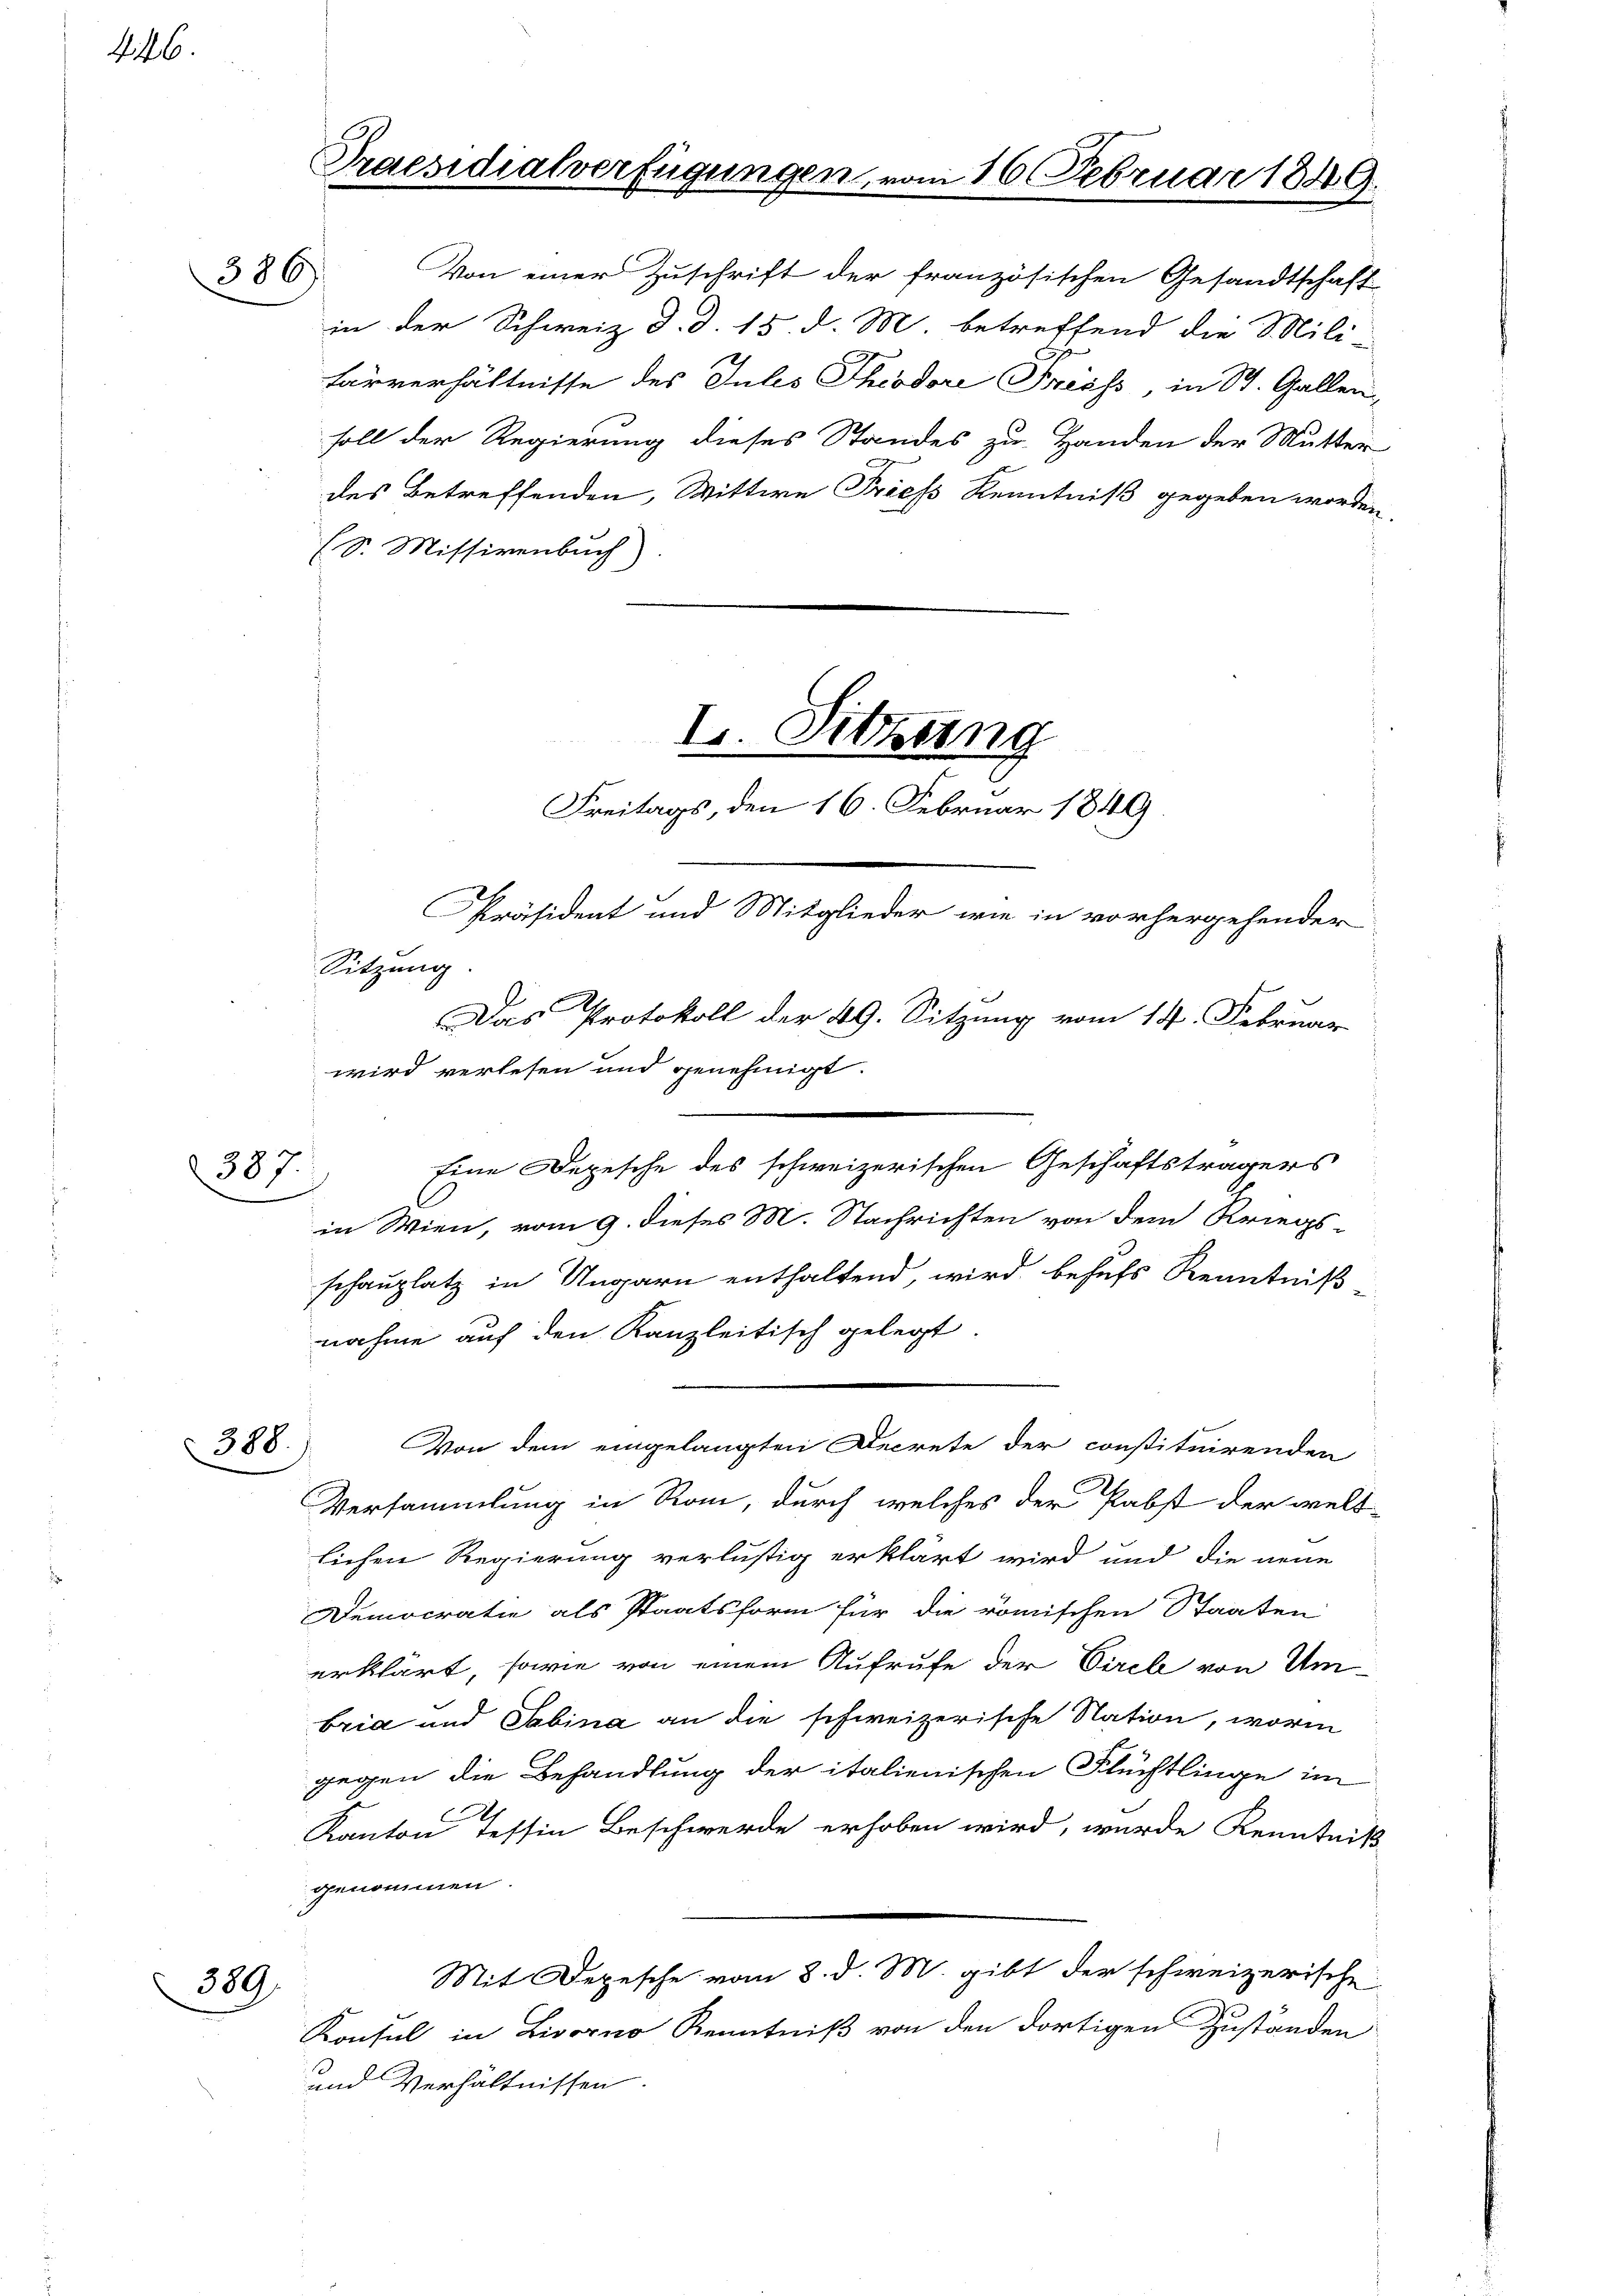
146

386

387.

388.

389

Praesidialverfügungen, vom 16. Februar 1849.

Von einer Zuschrift der französischen Gesandtschaft
in der Schweiz d. d. 15. d. M. betreffend die Mili-
Farverhältnisse des Julis Theodore Preiss in St. Gallen,
soll der Regierung dieses Standes zu Handen der Mutter
des Betreffenden, Wittwe Priess Kenntniß gegeben worden.
(S. Missivenbuch
Sitzung
2
Das Protokoll der 49. Sitzung vom 14. Februar
wird verlesen und genehmigt.
Eine Depesche des schweizerischen Geschäftsträgers
C
in Wien, vom 9. dieses M. Nachrichten von dem Kriegs
schauplatz in Ungarn enthaltend, wird behufs Kenntniß-
nahme auf den Kanzleitisch gelegt
Von dem eingelangten Decrete der constituirenden
Versammlung in Rom, durch welches der Pabst der welt-
lichen Regierung verlustig erklärt wird und die neue
Democrati als Staatsform für die römischen Staaten
erklärt, sowie von einem Aufrufe der Viele von Um¬
Ezia und Sabina an die schweizerische Nation, worin
gegen die Behandlung der italienischen Flüchtlinge im
E
Kanton Tessin Beschwerde erhoben wird, wurde Kenntni-
genommen.
Mit Depesche vom 8. d. M. gibt der schweizerische
Konsul in Livorno Kenntniß von den dortigen Zuständen
und Verhältnissen.

I. Sitzung
Freitags, den 16. Februar 1849

Präsident und Mitglieder wie in vorhergehender